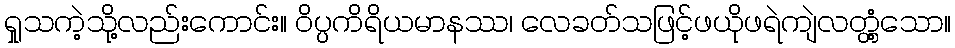
ရှုသကဲ့သို့လည်းကောင်း။ ဝိပ္ပကိရိယမာနဿ၊ လေခတ်သဖြင့်ဖယိုဖရဲကျဲလတ္တံ့သော။